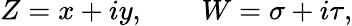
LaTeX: Z=x+iy,\qquad W=\sigma+i\tau,